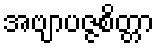
အဗျာပဇ္ဇစိတ္တာ